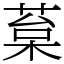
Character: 葈